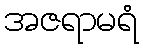
အဇရာမရံ